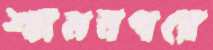
শ্যামনগরে